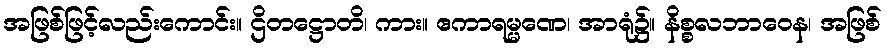
အဖြစ်ဖြင့်လည်းကောင်း။ ဌိတဋ္ဌောတိ၊ ကား။ ဧကာရမ္မဏေ၊ အာရုံ၌။ နိစ္စလဘာဝေန၊ အဖြစ်